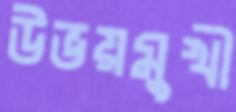
উভয়মুখী